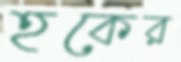
হকের